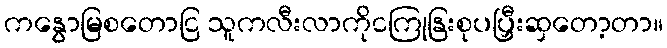
ကနွောမြစတောငြ သူကလီးလာကိုငကြုနြးစုပပြှီးဆှတော့တာ။